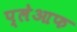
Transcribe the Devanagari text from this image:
प्लेआफ